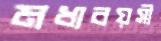
মধ্যবয়সী